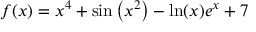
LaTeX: f ( x ) = x ^ { 4 } + \sin \left( x ^ { 2 } \right) - \ln ( x ) e ^ { x } + 7